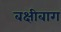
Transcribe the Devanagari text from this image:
बक्षीबाग